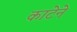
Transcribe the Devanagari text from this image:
काटेने